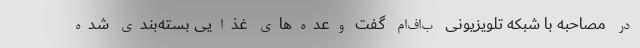
در مصاحبه با شبکه تلویزیونی ب‌اف‌ام گفت وعده‌های غذایی بسته‌بندی شده